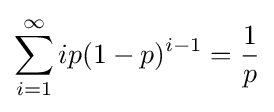
\sum _{i=1}^{\infty }ip(1-p)^{i-1}={\frac {1}{p}}